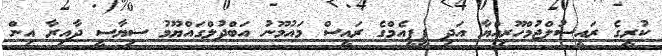
ކުރީގެ ރައީސުލްޖުމްހޫރިއްޔާ އަދި ޕީޕީއެމްގެ ރައީސް މައުމޫނު އަބްދުލްގައްޔޫމު ސިޔާސީ ދާއިރާ އިން